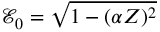
\mathcal { E } _ { 0 } = \sqrt { 1 - ( \alpha Z ) ^ { 2 } }